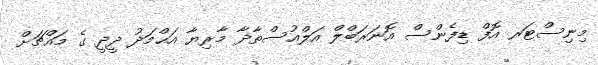
މިނިސްޓަރ އޮފް ޑިފެންސް އޮނަރަބްލް އަލްއުސްތާޛާ މާރިޔާ އަޙްމަދު ދީދީ ގެ މައްޗަށް